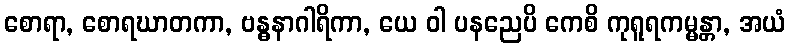
စောရာ, စောရဃာတကာ, ဗန္ဓနာဂါရိကာ, ယေ ဝါ ပနညေပိ ကေစိ ကုရူရကမ္မန္တာ, အယံ